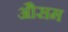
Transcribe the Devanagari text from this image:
औसम